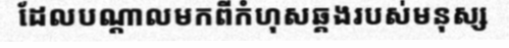
ដែលបណ្តាលមកពីកំហុសឆ្គងរបស់មនុស្ស